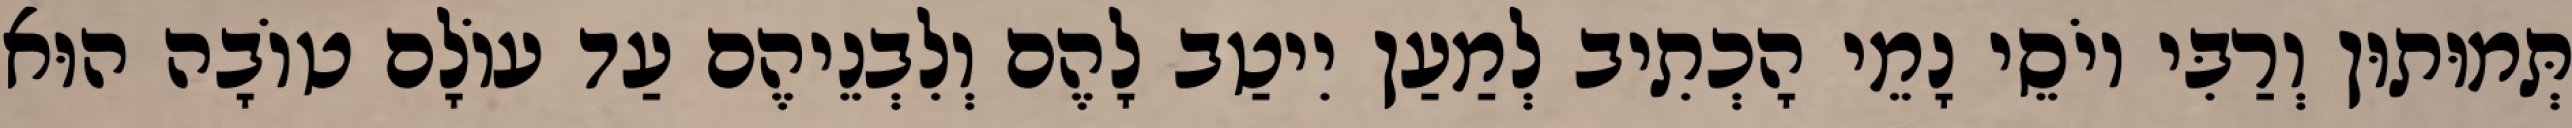
תְּמוּתוּן וְרַבִּי יוֹסֵי נָמֵי הָכְתִיב לְמַעַן יִיטַב לָהֶם וְלִבְנֵיהֶם עַד עוֹלָם טוֹבָה הוּא